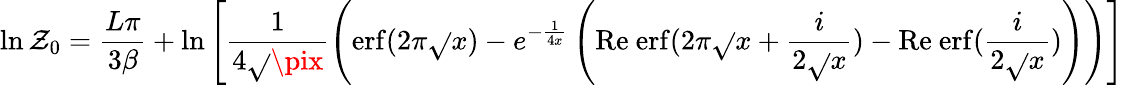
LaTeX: \ln\mathcal{Z}_{0}=\frac{{L\pi}}{{3\beta}}+\ln\left[\frac{{1}}{{4\sqrt{}{{\pix}}}}\left(\mathrm{{erf}}(2\pi\sqrt{}{{x}})-e^{-\frac{{1}}{{4x}}}\left(\mathrm{{Re~erf}}(2\pi\sqrt{}{{x}}+\frac{{i}}{{2\sqrt{}{{x}}}})-\mathrm{{Re~erf}}(\frac{{i}}{{2\sqrt{}{{x}}}})\right)\right)\right]